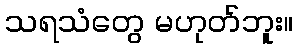
သရသံတွေ မဟုတ်ဘူး။